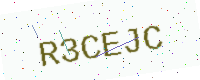
Text: R3CEJC